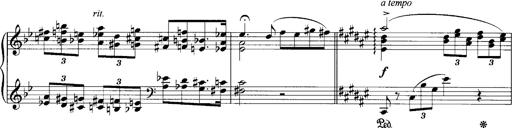
Title: klavierstÃ¼ck
Composer: Matias Ekert